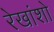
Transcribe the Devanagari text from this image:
रेखांशो